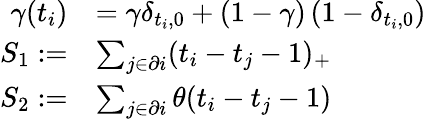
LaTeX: \begin{array}{rl}{\gamma(t_{i})}&{=\gamma\delta_{t_{i},0}+(1-\gamma)\left(1-\delta_{t_{i},0}\right)}\\ {S_{1}:=}&{\sum_{j\in\partial i}(t_{i}-t_{j}-1)_{+}}\\ {S_{2}:=}&{\sum_{j\in\partial i}\theta(t_{i}-t_{j}-1)}\end{array}